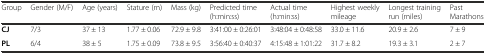
| Group | Gender (M/F) | Age (years) | Stature (m) | Mass (kg) | Predicted time (h:min:ss) | Actual time (h:min:ss) | Highest weekly mileage | Longest training run (miles) | Past Marathons |
 | --- | --- | --- | --- | --- | --- | --- | --- | --- | --- |
 | CJ | 7/3 | 37 ± 13 | 1.77 ± 0.06 | 72.9 ± 9.8 | 3:41:00 ± 0:26:01 | 3:48:04 ± 0:48:58 | 33.0 ± 11.6 | 20.9 ± 2.6 | 7 ± 9 |
 | PL | 6/4 | 38 ± 5 | 1.75 ± 0.09 | 73.8 ± 9.5 | 3:56:40 ± 0:40:37 | 4:15:48 ± 1:01:22 | 31.7 ± 8.2 | 19.3 ± 3.1 | 2 ± 7 |